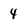
Character: 4